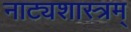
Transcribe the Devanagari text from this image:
नाट्यशास्त्रम्